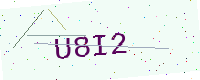
Text: U8I2